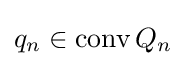
q_{n}\in \operatorname {conv} Q_{n}